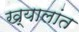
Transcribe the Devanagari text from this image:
ख्यालांत